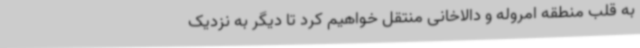
به قلب منطقه امروله و دالاخانی منتقل خواهیم کرد تا دیگر به نزدیک